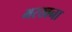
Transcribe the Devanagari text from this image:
भरखना